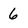
Character: 6